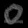
Digit: ၀